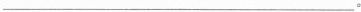
___.